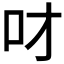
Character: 𠮹